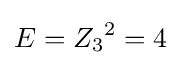
E={Z_{3}}^{2}=4